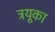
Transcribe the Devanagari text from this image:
ट्रयूका